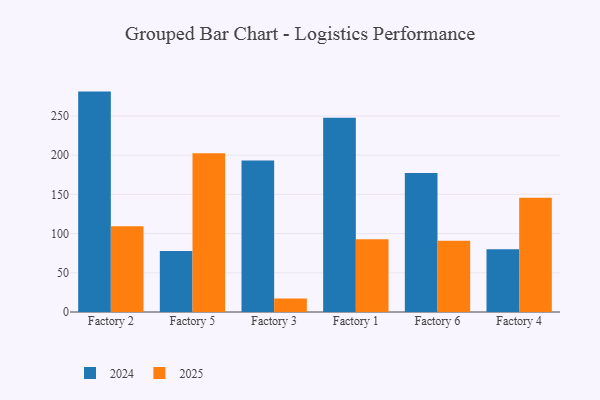
{"axis": {"x": "Factory", "y": "Operating Costs (USD K)"}, "legend": ["2024", "2025"], "data": [{"x": "Factory 2", "y": 281.0, "type": "2024"}, {"x": "Factory 2", "y": 109.4, "type": "2025"}, {"x": "Factory 5", "y": 77.8, "type": "2024"}, {"x": "Factory 5", "y": 202.5, "type": "2025"}, {"x": "Factory 3", "y": 193.3, "type": "2024"}, {"x": "Factory 3", "y": 17.3, "type": "2025"}, {"x": "Factory 1", "y": 247.8, "type": "2024"}, {"x": "Factory 1", "y": 92.7, "type": "2025"}, {"x": "Factory 6", "y": 177.3, "type": "2024"}, {"x": "Factory 6", "y": 90.7, "type": "2025"}, {"x": "Factory 4", "y": 80.0, "type": "2024"}, {"x": "Factory 4", "y": 145.8, "type": "2025"}]}